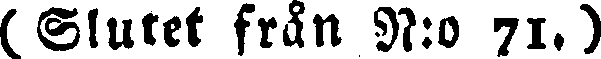
(Slutet från N:o 71.)